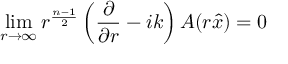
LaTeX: \operatorname* { l i m } _ { r \to \infty } r ^ { \frac { n - 1 } { 2 } } \left( { \frac { \partial } { \partial r } } - i k \right) A ( r { \hat { x } } ) = 0